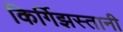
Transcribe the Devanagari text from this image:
किर्गिझस्तानी